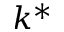
k ^ { * }